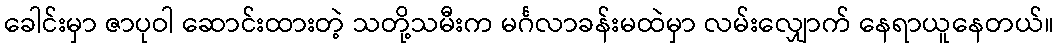
ခေါင်းမှာ ဇာပုဝါ ဆောင်းထားတဲ့ သတို့သမီးက မင်္ဂလာခန်းမထဲမှာ လမ်းလျှောက် နေရာယူနေတယ်။